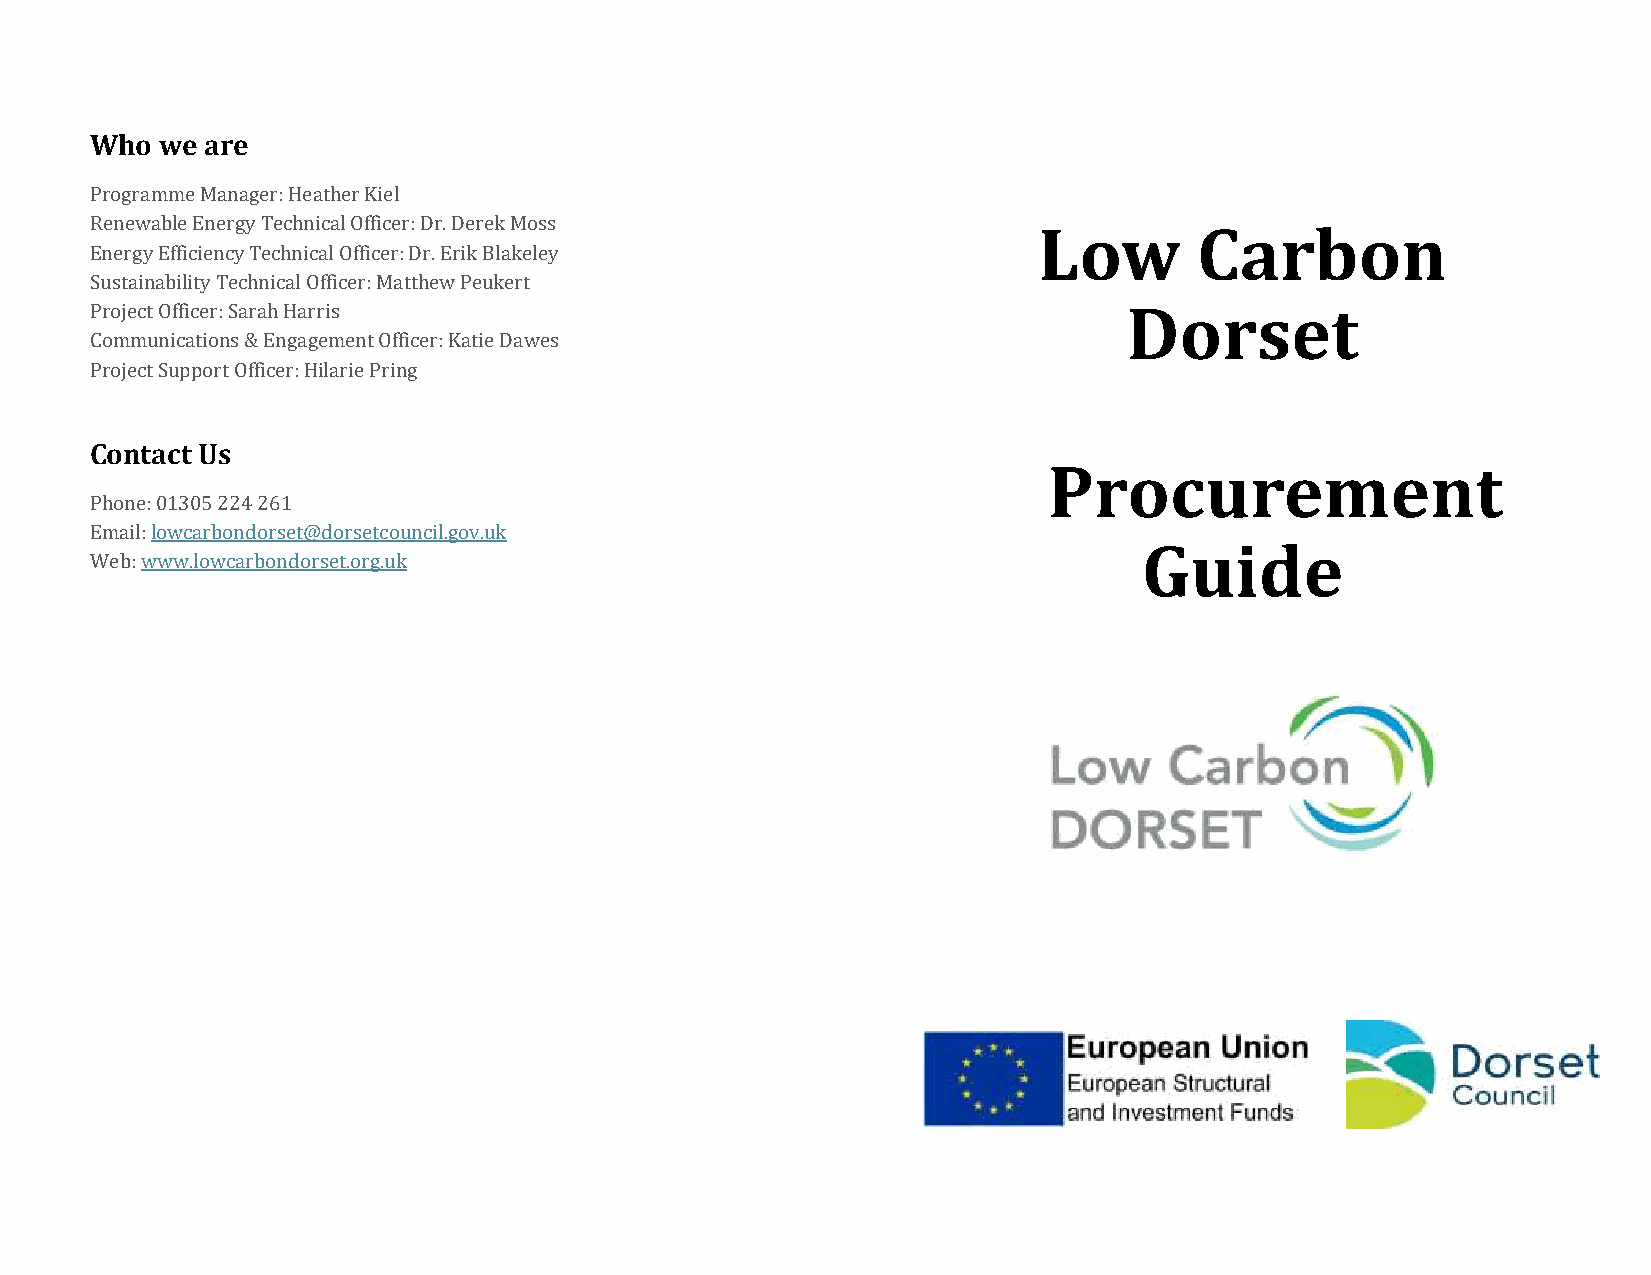
Who  we are
 Programme Manager: Heather Kiel
 Renewable Energy Technical Officer: Dr. Derek Moss
 Low       Carbon
 Energy Efficiency Technical Officer: Dr. Erik Blakeley
 Sustainability Technical Officer: Matthew Peukert
 Project Officer: Sarah Harris                                        Dorset
 Communications & Engagement Officer: Katie Dawes
 Project Support Officer: Hilarie Pring
 Contact Us
 Procurement
 Phone: 01305 224 261
 Email: lowcarbondorset@dorsetcouncil.gov.uk
 Guide
 Web: www.lowcarbondorset.org.uk